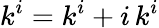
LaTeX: k^{i}=k^{i}+i\, k^{i}